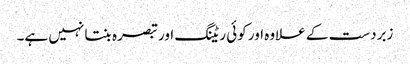
زبردست کے علاوہ اور کوئی ریٹنگ اور تبصرہ بنتا نہیں ہے۔